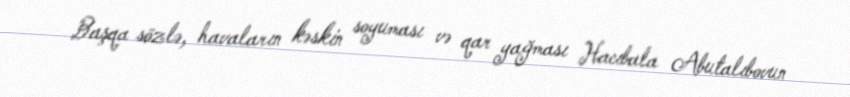
Başqa sözlə, havaların kəskin soyuması və qar yağması Hacıbala Abutalıbovun